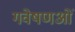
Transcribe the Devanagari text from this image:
गवेषणओं